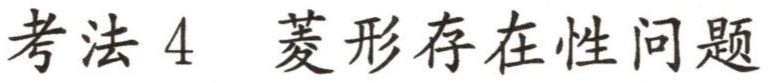
考法 4  菱形存在性问题